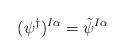
LaTeX: \begin{align*}(\psi^\dagger)^{I \alpha} = \tilde{\psi}^{I \alpha}\end{align*}